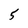
Character: 5